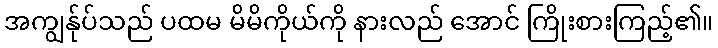
အကျွန်ုပ်သည် ပထမ မိမိကိုယ်ကို နားလည် အောင် ကြိုးစားကြည့်၏။